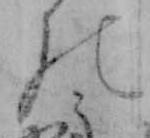
の